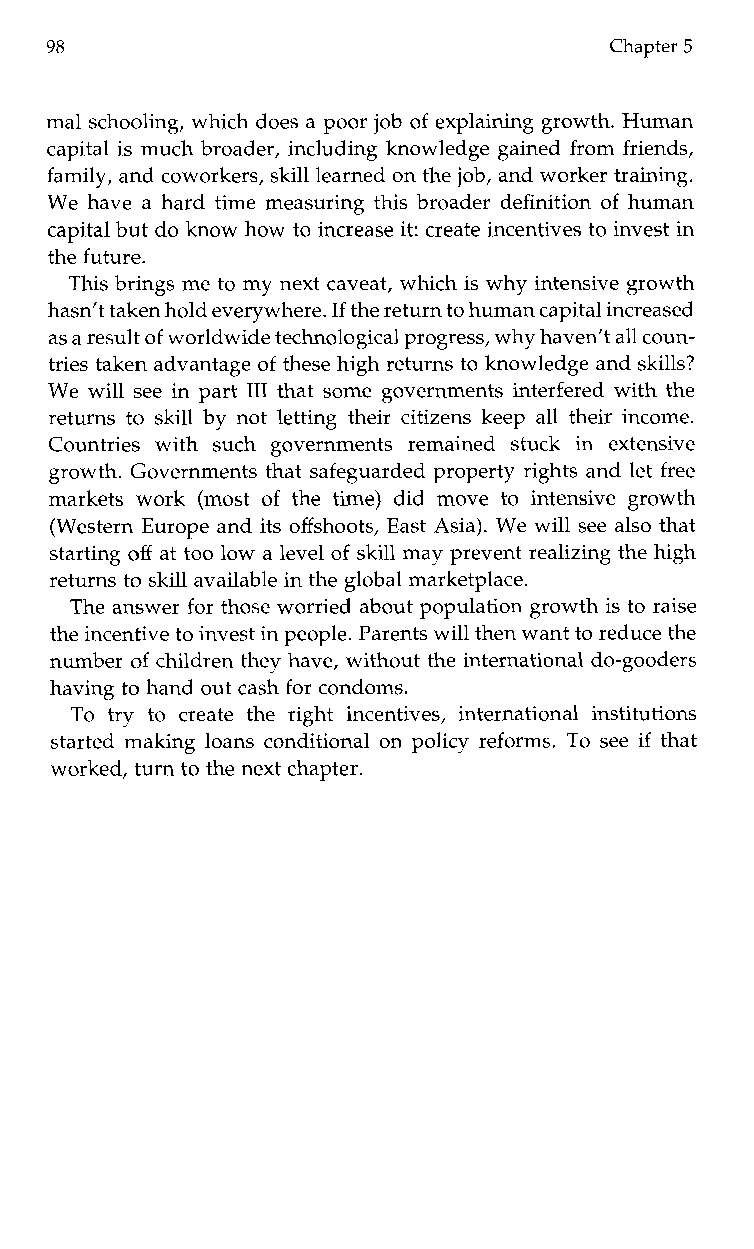
98                                   Chapter 5
 mal schooling, which does a poor job of explaining growth. Human
 capital is much broader, including knowledge gained from friends,
 family, and coworkers, skill learned on thejo b, and worker training.
 We have a hard time measuring this broader definition of human
 capital but do know how to increase it: create incentives to invest in
 the future.
 This brings me to my next caveat, which is why intensive growth
 hasn’t taken hold everywhereIf. the returnt o human capital increased
 as ar esult of worldwide technological progress, why haven’t all coun-
 tries taken advantage of these high returns to knowledge and skills?
 We will see in part 111 that some governments interfered with the
 returns to skill by not letting their citizens keep all their income.
 Countriesw iths uchg overnmentsr emaineds tucki n e xtensive
 growth. Governments that safeguarded property rights and let free
 marketsw ork( most of thet ime) did movet oi ntensiveg rowth
 (Western Europe and its offshoots, East Asia). We will see also that
 starting off at too low a level of skill may prevent realizing the high
 returns to skill available in the global marketplace.
 The answer for those worried about population growth is to raise
 the incentivet o invest in people. Parentws ill then want to reduce the
 number of children they have, without the international do-gooders
 having to hand out cash for condoms.
 To tryt oc reatet her ighti ncentives,i nternationali nstitutions
 started making loans conditional on policy reforms. To see if that
 worked, turn to the next chapter.